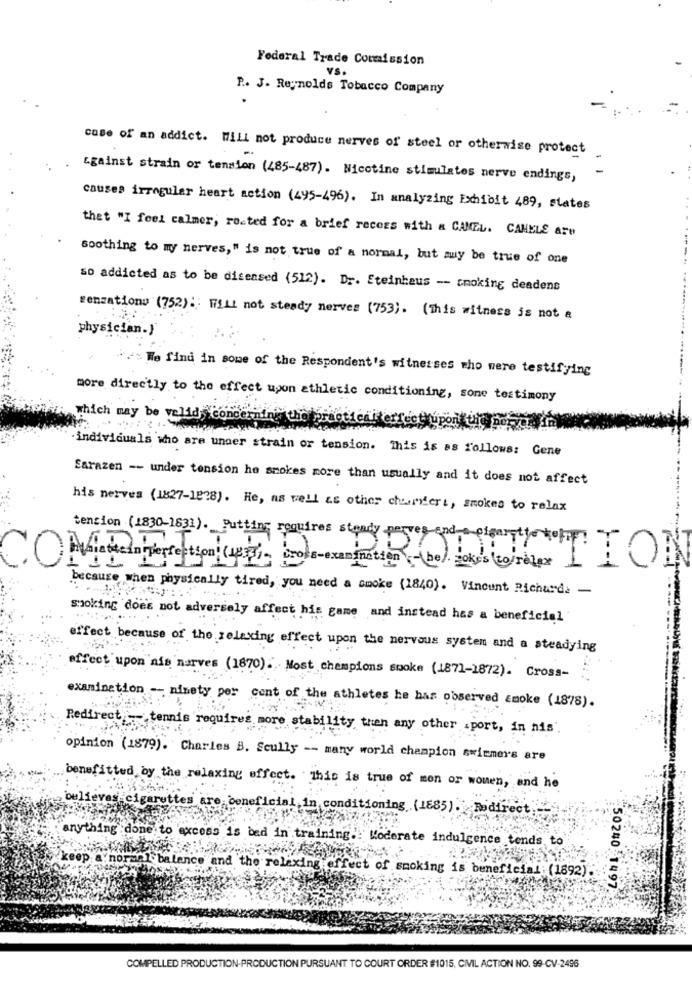
Federal Trade Commission
VS.
P .. J. Reynolds Tobacco Company
case of an addict. Will not produce nerves of steel or otherwise protect
-
against strain or tension (485-487). Nicotine stimulates nerve endings,
causes irregular heart action (495-496). In analyzing Exhibit 489, states
thet "I feel calmer, rosted for a brief recess with a CAMEL. CAHELE are
soothing to my nerves," is not true of a normal, but muy be true of one
so addicted as to be diseased (512). Dr. Steinhaus -- smoking deadens
rensations (752): Will not steady nerves (753). (This witness is not a
physician.}
We find in some of the Respondent's witnesses who were testifying
more directly to the effect upon athletic conditioning, some testimony
which may be valid concerni
individuals who are under strain or tension. This is as follows: Gene
Sarazen -- under tension he smokes more than usually and it does not affect
his nerves (1827-1898). He, as well as other cheriferi, smokes to relax
tension (1830-1831). Putting requires steady
Cross-examination -(be) jokes /rope [ 1 ]
because when physically tired, you need a smoke (1840). Vincent Richards -
smoking does not adversely affect his game and instead has a beneficial
effect because of the relaxing effect upon the nervous system and a steadying
affect upon ais nerves (1870). Most champions snoke (1871-1872). Cross-
examination -- ninety per cent of the athletes he has observed smoke (1878).
Redirect - tennis requires more stability then any other .port, in his'.
opinion (1879). Charles B. Scully -- many world champion swiemers are
benefitted by the relaxing effect. This is true of mon or wonen, and he
believes
cigarettes
neficial in conditioning (1885). Rodirect
anything done to axcess is bed in training .. Moderate indulgence tends to
keep a normal balance and the relaxing effect of smoking is beneficial: (1892).
50240 1497
COMPELLED PRODUCTION-PRODUCTION PURSUANT TO COURT ORDER #1015, CIVIL ACTION NO. 99-CV-2496